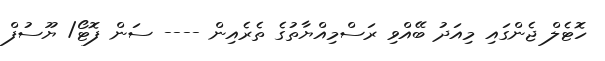
ހޮޓެލް ޖެންގައި މިއަދު ބޭއްވި ރަސްމިއްޔާތުގެ ތެރެއިން ---- ސަން ފޮޓޯ/ ޔޫސުފް